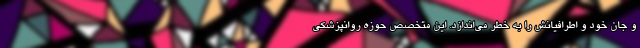
و جان خود و اطرافیانش را به خطر می‌اندازد. این متخصص حوزه روانپزشکی